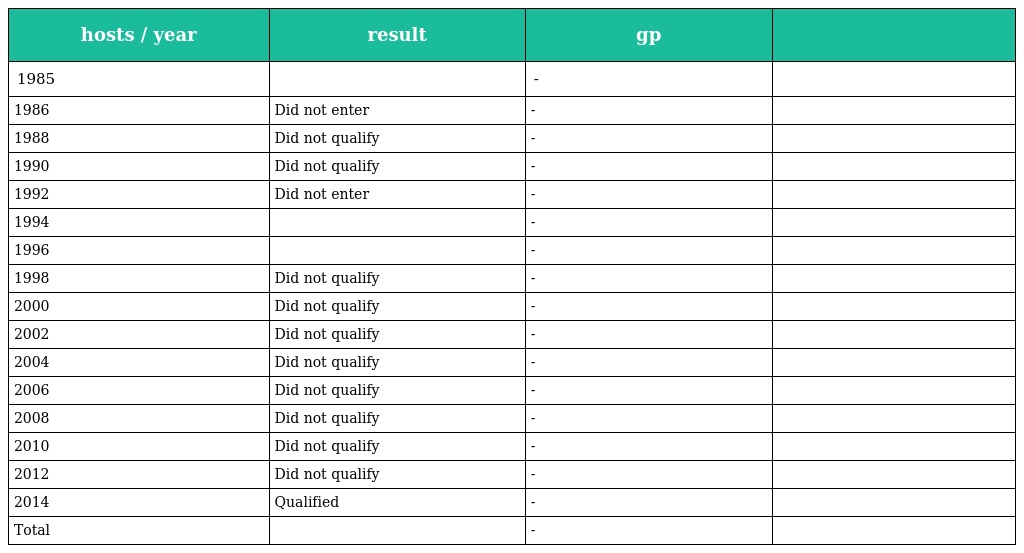
| hosts / year | result | gp |  |
 | --- | --- | --- | --- |
 | 1985 |  | - |  |
 | 1986 | Did not enter | - |  |
 | 1988 | Did not qualify | - |  |
 | 1990 | Did not qualify | - |  |
 | 1992 | Did not enter | - |  |
 | 1994 |  | - |  |
 | 1996 |  | - |  |
 | 1998 | Did not qualify | - |  |
 | 2000 | Did not qualify | - |  |
 | 2002 | Did not qualify | - |  |
 | 2004 | Did not qualify | - |  |
 | 2006 | Did not qualify | - |  |
 | 2008 | Did not qualify | - |  |
 | 2010 | Did not qualify | - |  |
 | 2012 | Did not qualify | - |  |
 | 2014 | Qualified | - |  |
 | Total |  | - |  |